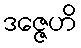
ဒဇ္ဇေဟိ